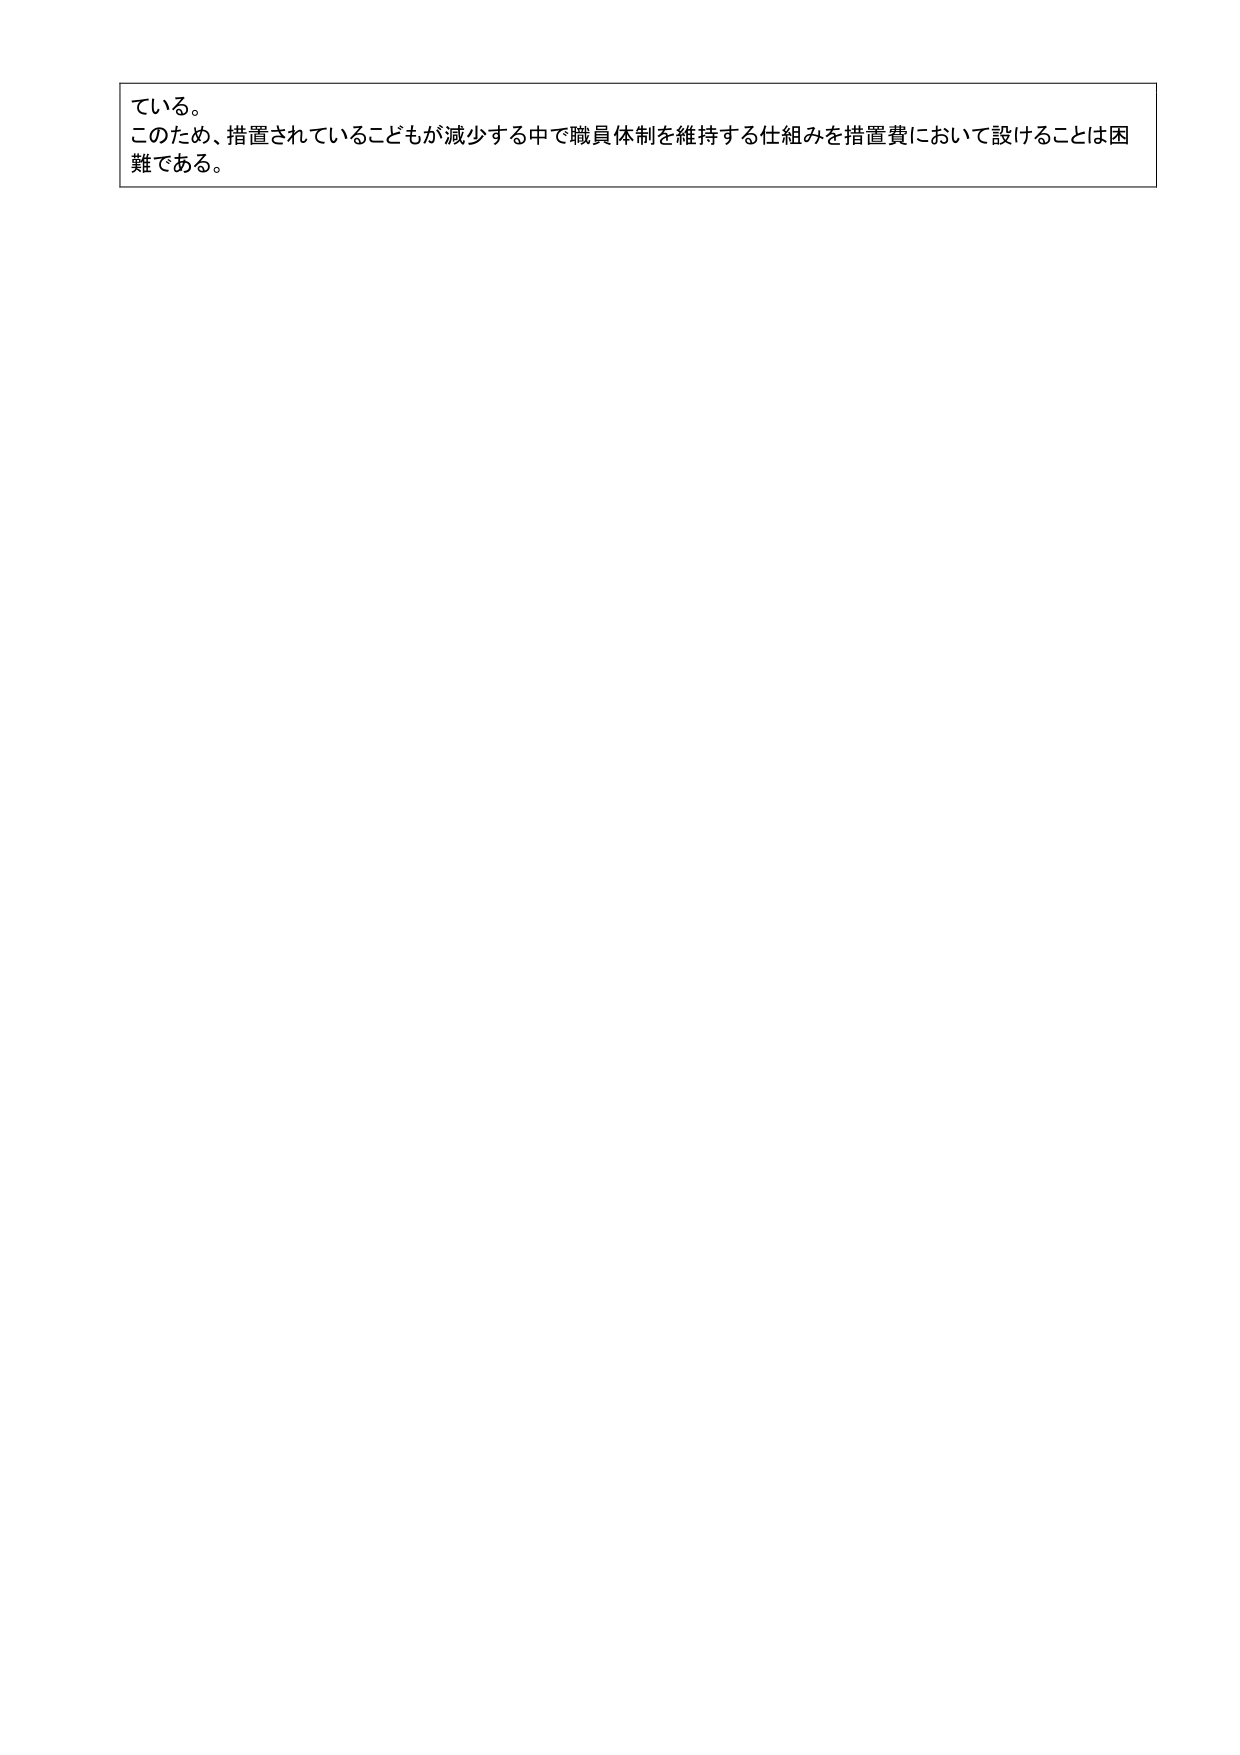
ている。
このため、措置されているこどもが減少する中で職員体制を維持する仕組みを措置費において設けることは困難である。